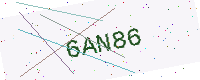
Text: 6AN86